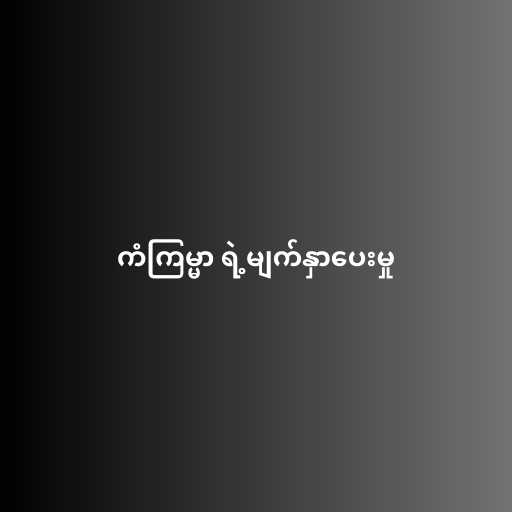
ကံကြမ္မာ ရဲ့မျက်နှာပေးမှု